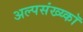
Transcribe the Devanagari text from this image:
अल्पसंख्य्कॉ